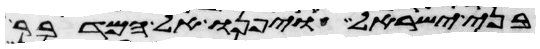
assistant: בני ישראל ויפנו אל המדבר